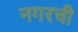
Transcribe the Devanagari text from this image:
नगरची